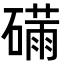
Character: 𮁆